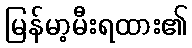
မြန်မာ့မီးရထား၏